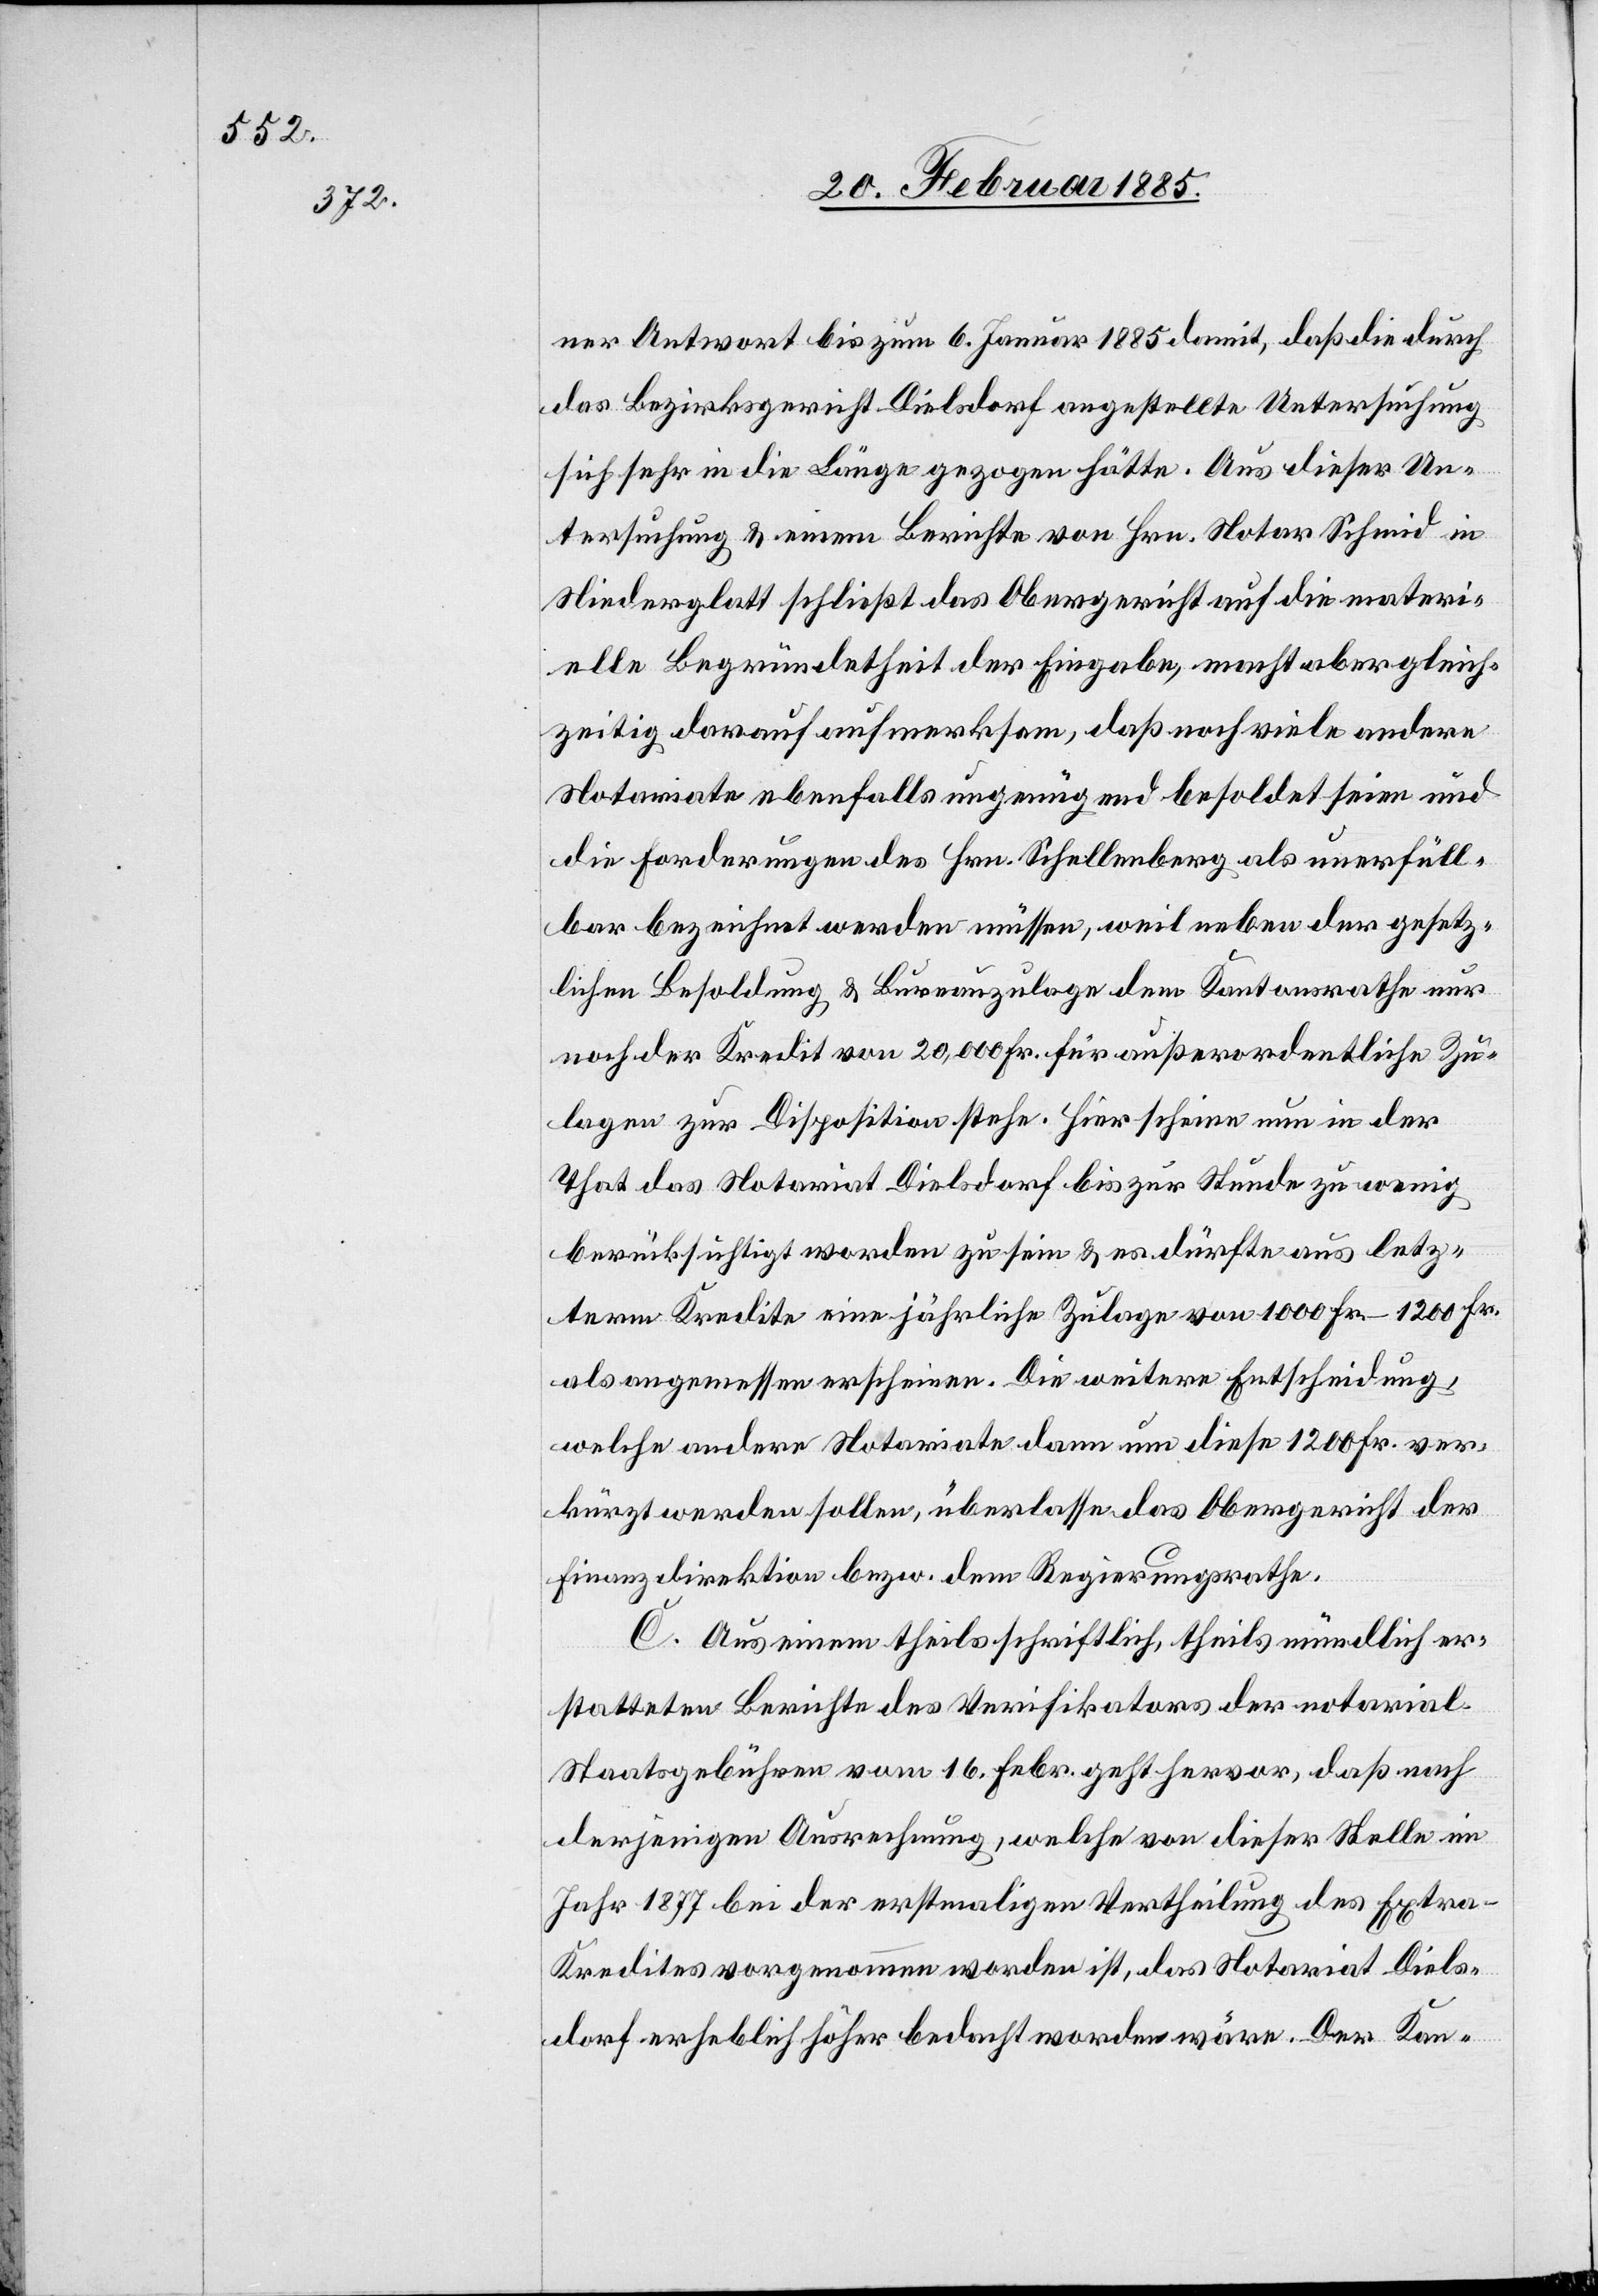
ner Antwort bis zum 6. Januar 1885 damit, daß die durch
das Bezirksgericht Dielsdorf angestellte Untersuchung
sich sehr in die Länge gezogen hätte. Aus dieser Un¬
tersuchung & einem Berichte von Hrn. Notar Schmid in
Niederglatt schließt das Obergericht auf die materi¬
elle Begründetheit der Eingabe, macht aber gleich¬
zeitig darauf aufmerksam, daß noch viele andere
Notariate ebenfalls ungenügend besoldet seien und
die Forderungen des Hrn. Schellenberg als unerfüll¬
bar bezeichnet werden müssen, weil neben der gesetz¬
lichen Besoldung & Bureauzulage dem Kantonsrathe nur
noch der Kredit von 20,000 Fr. für außerordentliche Zu¬
lagen zur Disposition stehe. Hier scheine nun in der
That das Notariat Dielsdorf bis zur Stunde zu wenig
berücksichtig worden zu sein & es dürfte aus letz¬
term Kredite eine jährliche Zulage von 1000 Fr.–1200 Fr.
als angemessen erscheinen. Die weitere Entscheidung,
welche andern Notariate dann um diese 1200 Fr. ver¬
kürzt werden sollen, überlassen das Obergericht der
Finanzdirektion bezw. dem Regierungsrathe.
C. Aus einem theils schriftlich, theils mündlich er¬
statteten Berichte des Verifikators der notarial.
Staatsgebühren vom 16. Febr. geht hervor, das nach
derjenigen Ausrechnung, welche von dieser Stelle im
Jahr 1877 bei der erstmaligen Vertheilung des Extr¬
a-Kredites vorgenommen worden ist, das Notariat Diels¬
dorf erheblich höher bedacht worden wäre. Der Kan-